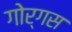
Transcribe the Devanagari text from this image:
गोर्गस